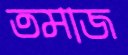
তমাজ